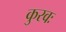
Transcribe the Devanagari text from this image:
कुरवः